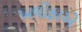
ખલીફાએ